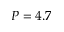
P = 4 . 7